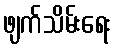
ဖျက်သိမ်းရေး